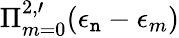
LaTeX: \Pi_{m=0}^{2,\prime}(\epsilon_{\mathtt{n}}-\epsilon_{m})